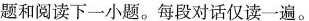
题和阅读下一小题。每段对话仅读一遍。